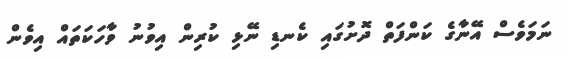
ނަމަވެސް އޭނާގެ ކަންފަތް ދޮށުގައި ކެނޑި ނޭޅި ކުރިން އިވުނު ވާހަކަތައް އިވެން